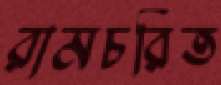
রামচরিত